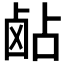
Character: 𬸵